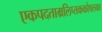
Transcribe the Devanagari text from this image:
एकपदताम्रलिप्तककोषलका